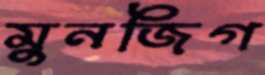
মুনজিগ